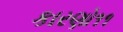
કારણો૧૧